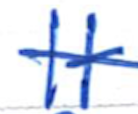
Text: It
Cross-out: single-line
Writing tool: ballpoint